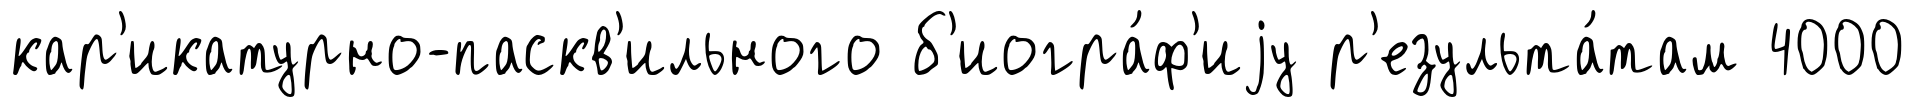
кар'икатурно-паскв'ильного б'иогра́ф'иjу р'езульта́там 4000